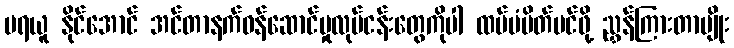
မရယူ နိုင်အောင် အင်တာနက်ဝန်ဆောင်မှုလုပ်ငန်းတွေကိုပါ ထပ်မံပိတ်ပင်ဖို့ ညွှန်ကြားတာမျိုး